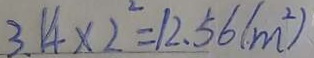
3 . 1 4 \times 2 ^ { 2 } = 1 2 . 5 6 ( m ^ { 2 } )